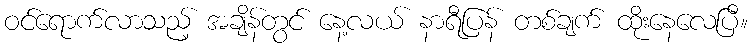
ဝင်ရောက်လာသည့် အချိန်တွင် နေ့လယ် နာရီပြန် တစ်ချက် ထိုးနေလေပြီ။